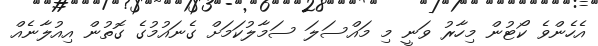
އެހެންވެ ކޯޓުން މިހާރު ވަނީ މި މައްސަލަ ސަމާލުކަމަށް ގެނައުމުގެ ގޮތުން އިއުލާނެއް